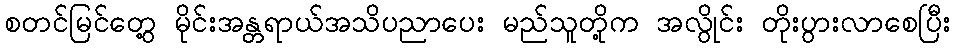
စတင်မြင်တွေ့ မိုင်းအန္တရာယ်အသိပညာပေး မည်သူတို့က အလွိုင်း တိုးပွားလာစေပြီး